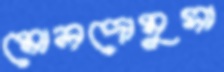
মোলদোমুসা